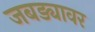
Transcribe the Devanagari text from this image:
जबड्यावर